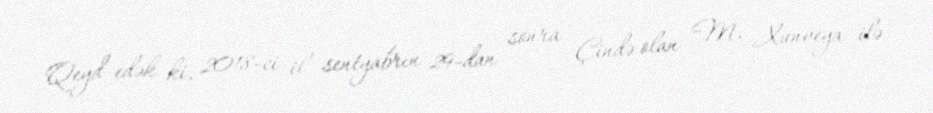
Qeyd edək ki, 2018-ci il sentyabrın 29-dan sonra Çində olan M. Xunveya ilə